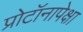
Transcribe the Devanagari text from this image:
प्रोटॉनापेक्षा